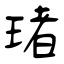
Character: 琽